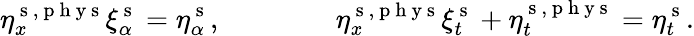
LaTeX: \eta_{x}^{\mathrm{~s~},\mathrm{~p~h~y~s~}}\xi_{\alpha}^{\mathrm{~s~}}=\eta_{\alpha}^{\mathrm{~s~}},\qquad\qquad\eta_{x}^{\mathrm{~s~},\mathrm{~p~h~y~s~}}\xi_{t}^{\mathrm{~s~}}+\eta_{t}^{\mathrm{~s~},\mathrm{~p~h~y~s~}}=\eta_{t}^{\mathrm{~s~}}.